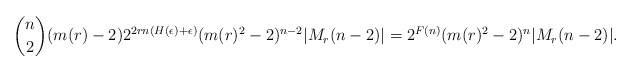
\begin{align*}{n\choose 2}(m(r)-2)2^{2rn(H(\epsilon)+ \epsilon)} (m(r)^2-2)^{n-2}|M_r(n-2)|= 2^{F(n)}(m(r)^2-2)^n|M_r(n-2)|.\end{align*}